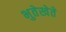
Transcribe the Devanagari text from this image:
भुतेखेते